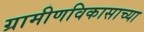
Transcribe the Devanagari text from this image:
ग्रामीणविकासाच्या